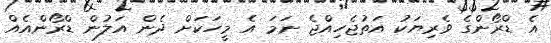
އެ ޑްރޯންގެ ވެރިޔަކު އަތުޖެހިއްޖެ ނަމަ އެ މީހަކަށް ދެން އަލުން ޑްރޯންއެއް